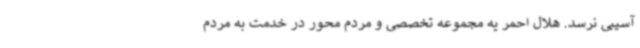
آسیبی نرسد. هلال احمر یه مجموعه تخصصی و مردم محور در خدمت به مردم